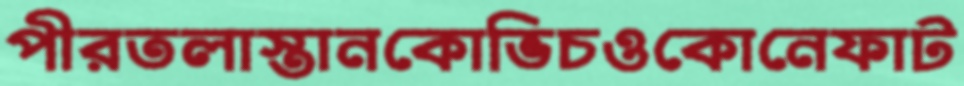
পীরতলাস্তানকোভিচওকোনেফাট